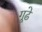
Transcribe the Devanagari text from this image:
गूढे